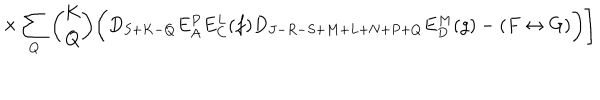
LaTeX: \times \sum _ { Q } { \binom { K } { Q } } \biggl ( D _ { S + K - Q } E _ { A } ^ { P } E _ { C } ^ { L } ( f ) D _ { J - R - S + M + L + N + P + Q } E _ { D } ^ { M } ( g ) - ( F \leftrightarrow G ) \biggr ) \Biggr ]